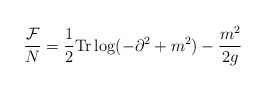
\begin{align*}\frac{{\cal F}}{N} = \frac{1}{2}\mbox{Tr} \log ( - \partial^2 + m^2 ) - \frac{m^2}{2 g}\end{align*}